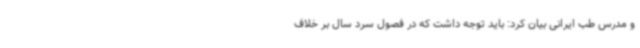
و مدرس طب ایرانی بیان کرد: باید توجه داشت که در فصول سرد سال بر خلاف